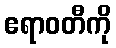
ဧရာဝတီကို